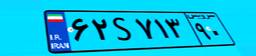
۲۸S۲۷۴۵۹